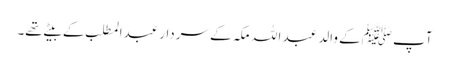
آپ ﷺکے والد عبد ا للہ مکہ کے سردار عبدالمطلب کے بیٹے تھے۔